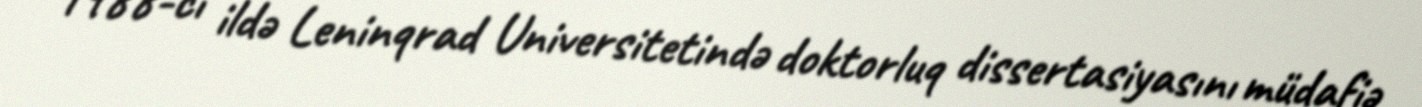
1988-ci ildə Leninqrad Universitetində doktorluq dissertasiyasını müdafiə